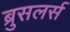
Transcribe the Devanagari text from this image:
ब्रुसलर्स